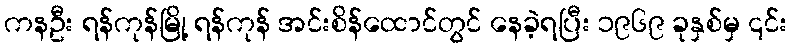
ကနဦး ရန်ကုန်မြို့ ရန်ကုန် အင်းစိန်ထောင်တွင် နေခဲ့ရပြီး ၁၉၆၉ ခုနှစ်မှ ၎င်း